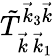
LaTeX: \tilde{T}_{\vec{k}\, \vec{k}_{1}}^{\vec{k}_{3}\vec{k}}